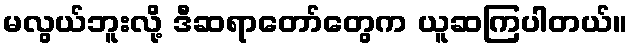
မလွယ်ဘူးလို့ ဒီဆရာတော်တွေက ယူဆကြပါတယ်။